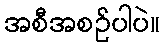
အစီအစဉ်ပါပဲ။